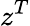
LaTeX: z^{T}